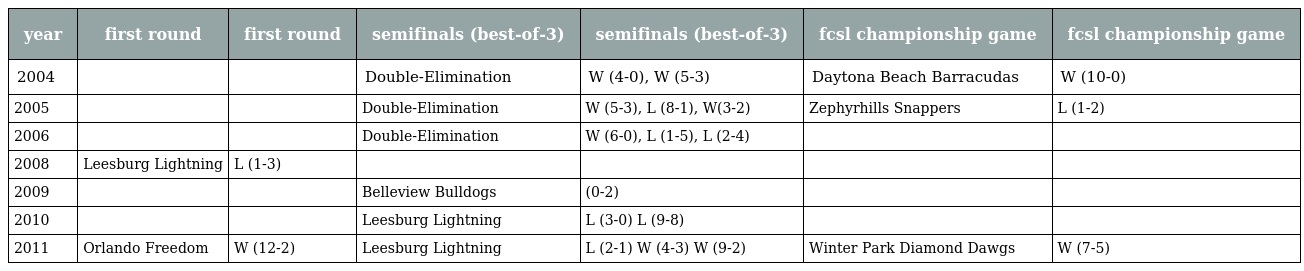
| year | first round | first round | semifinals (best-of-3) | semifinals (best-of-3) | fcsl championship game | fcsl championship game |
 | --- | --- | --- | --- | --- | --- | --- |
 | 2004 |  |  | Double-Elimination | W (4-0), W (5-3) | Daytona Beach Barracudas | W (10-0) |
 | 2005 |  |  | Double-Elimination | W (5-3), L (8-1), W(3-2) | Zephyrhills Snappers | L (1-2) |
 | 2006 |  |  | Double-Elimination | W (6-0), L (1-5), L (2-4) |  |  |
 | 2008 | Leesburg Lightning | L (1-3) |  |  |  |  |
 | 2009 |  |  | Belleview Bulldogs | (0-2) |  |  |
 | 2010 |  |  | Leesburg Lightning | L (3-0) L (9-8) |  |  |
 | 2011 | Orlando Freedom | W (12-2) | Leesburg Lightning | L (2-1) W (4-3) W (9-2) | Winter Park Diamond Dawgs | W (7-5) |